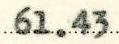
61.43